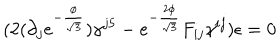
( 2 ( \partial _ { j } e ^ { - \frac { \phi } { \sqrt { 3 } } } ) \gamma ^ { j 5 } - e ^ { - \frac { 2 \phi } { \sqrt { 3 } } } F _ { i j } \gamma ^ { i j } ) \epsilon = 0